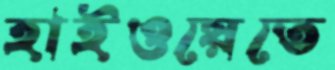
হাইওয়েতে